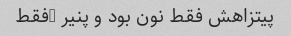
پیتزاهش فقط نون بود و پنیر …فقط